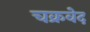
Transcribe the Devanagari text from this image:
चक्रवेद